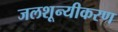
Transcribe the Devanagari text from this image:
जलशून्यीकरण